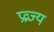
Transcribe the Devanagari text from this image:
प्रव्रज्य